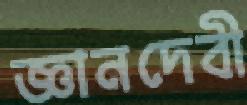
জ্ঞানদেবী